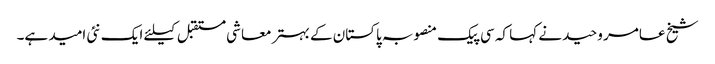
شیخ عامر وحید نے کہا کہ سی پیک منصوبہ پاکستان کے بہتر معاشی مستقبل کیلئے ایک نئی امید ہے۔